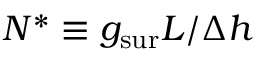
N ^ { * } \equiv { { g _ { \mathrm { s u r } } } L } / { \Delta h }